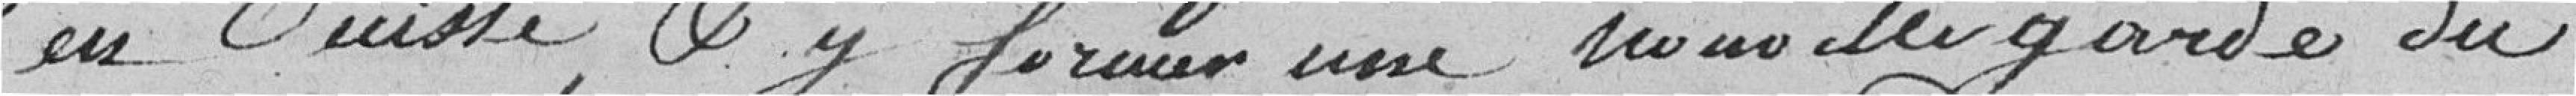
en Suisse, et y former une nouvelle garde du